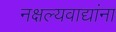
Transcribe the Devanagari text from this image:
नक्षल्यवाद्यांना